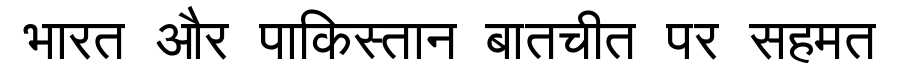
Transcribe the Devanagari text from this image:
भारत और पाकिस्तान बातचीत पर सहमत